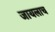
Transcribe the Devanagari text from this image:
जायलाच